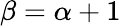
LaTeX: \beta=\alpha+1